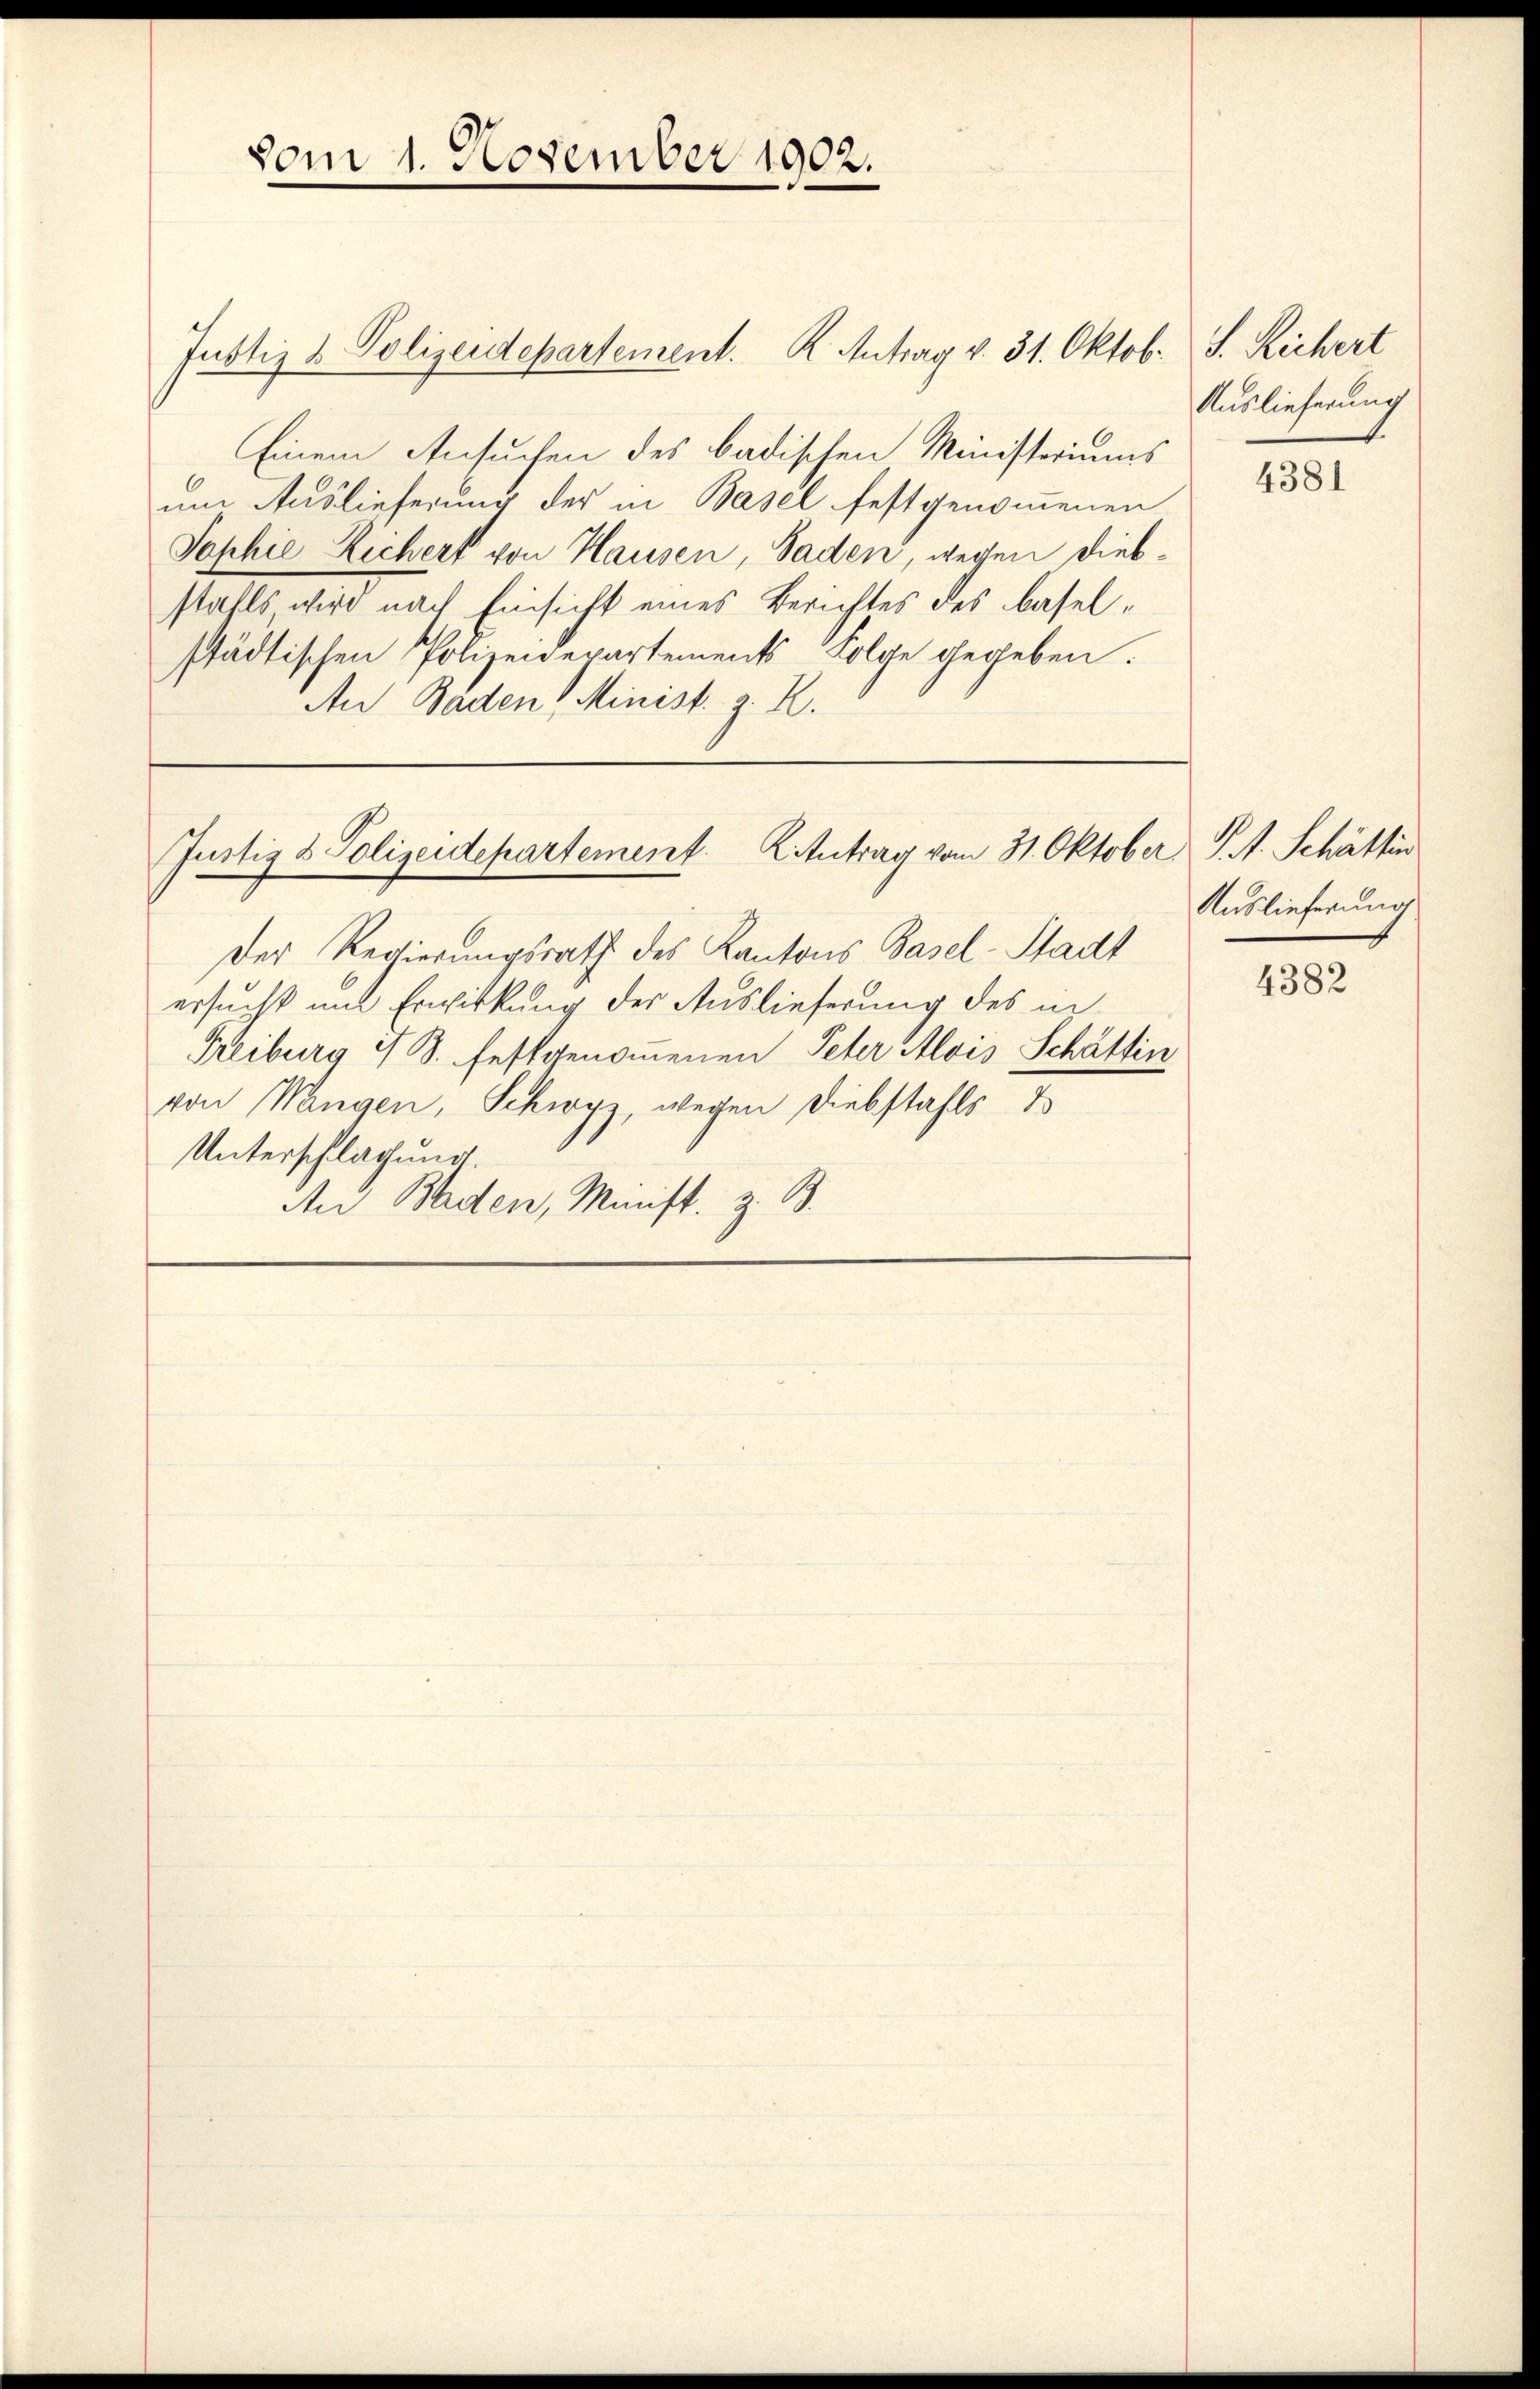
vom 1. November 1902.

Justiz & Polizeidepartement. K. Antrag v. 31. Oktob. S. Richert
Einem Ansuchen des badischen Ministeriums
um Auslieferung der in Basel festgenommenen
Sophie Richert von Hausen, Baden, wegen Diebstahls wird nach Einsicht eines Berichtes des Baselstädtischen Polizeidepartements Folge gegeben.
An Baden 1 Minist. z. R.

Der Regierungsrath des Kantons Basel-Stadt
ersucht mit Erwirkung der Auslieferung des in
Freiburg I S. festgenommenen Peter Alois Schättin
von Wangen, Schwyz, wegen Diebstahls d
Unterschlagung.
An Baden, Minist. z. B.

Justiz & Polizeidepartement. K. Antrag vom 31. Oktober St. Schätten

Auslieferung

4381

Auslieferung

4382